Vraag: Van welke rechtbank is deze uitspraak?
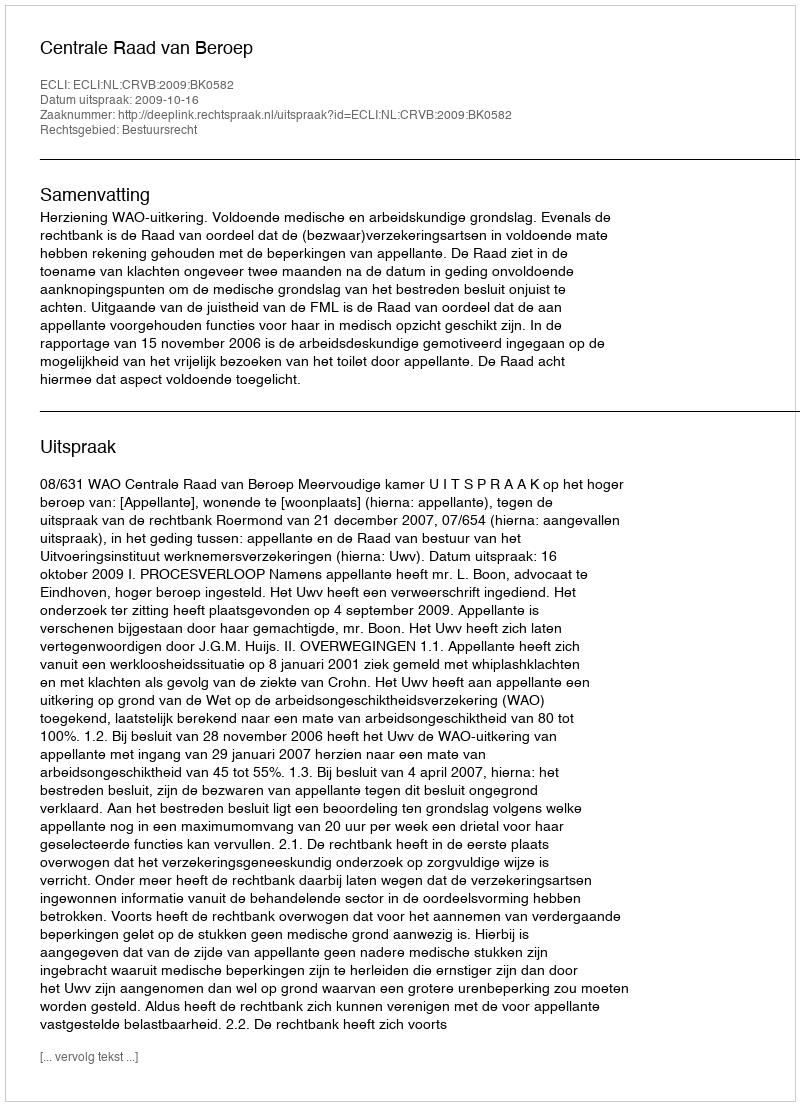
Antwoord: Centrale Raad van Beroep